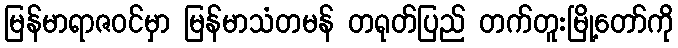
မြန်မာရာဇဝင်မှာ မြန်မာသံတမန် တရုတ်ပြည် တက်တူးမြို့တော်ကို